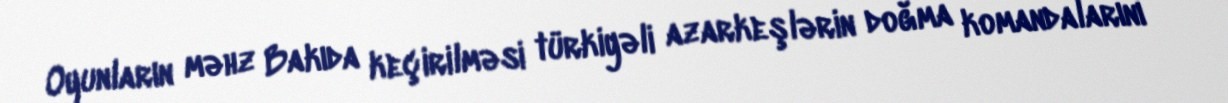
Oyunların məhz Bakıda keçirilməsi türkiyəli azarkeşlərin doğma komandalarını